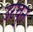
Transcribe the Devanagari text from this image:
उरघुन